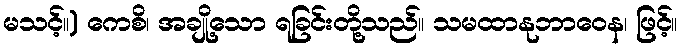
မသင့်။) ကေစိ၊ အချို့သော ရခြင်းတို့သည်။ သမထာနုဘာဝေန၊ ဖြင့်။